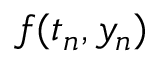
f ( t _ { n } , y _ { n } )